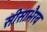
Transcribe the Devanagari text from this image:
सीसाभैरव